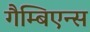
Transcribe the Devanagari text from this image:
गैम्बिएन्स